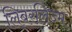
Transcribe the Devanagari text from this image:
लिबरलिज्म